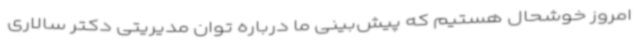
امروز خوشحال هستیم که پیش‌بینی ما درباره توان مدیریتی دکتر سالاری